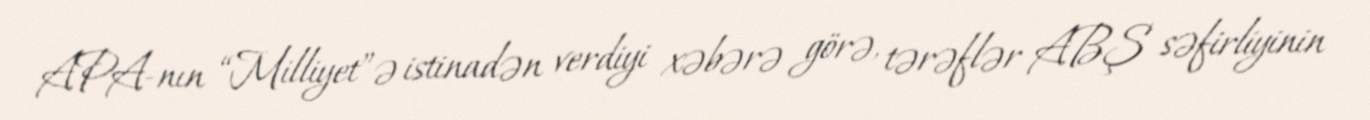
APA-nın “Milliyet”ə istinadən verdiyi xəbərə görə, tərəflər ABŞ səfirliyinin